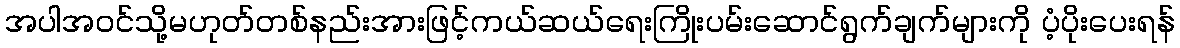
အပါအဝင်သို့မဟုတ်တစ်နည်းအားဖြင့်ကယ်ဆယ်ရေးကြိုးပမ်းဆောင်ရွက်ချက်များကို ပံ့ပိုးပေးရန်